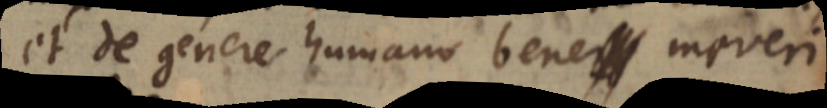
et de genere humano bene mereri